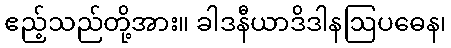
ဧည့်သည်တို့အား။ ခါဒနီယာဒိဒါနဩပဓေန၊